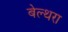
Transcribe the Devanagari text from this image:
बेल्‍थरा